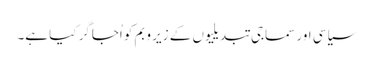
سیاسی اور سماجی تبدیلیوں کے زیر و بم کو اُجاگر کیا ہے۔